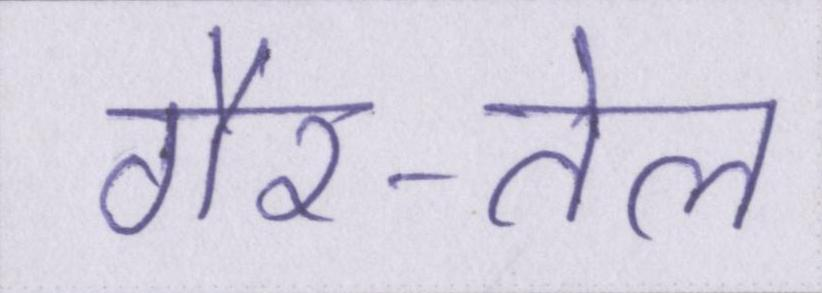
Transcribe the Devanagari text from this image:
गैर-तेल